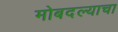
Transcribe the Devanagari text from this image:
मोबदल्याचा